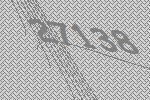
27138